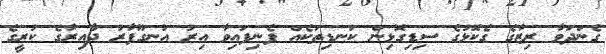
ގެންދަވާ ރިޒާގެ ގެކޮޅުގެ ސިޑިގޮޅިން ކަނޑިތަކެއް ފެނިފައިވާ އިރު އުނގޫފާރު ދާއިރާގެ ކުރީގެ